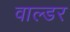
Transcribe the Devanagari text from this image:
वाल्डर